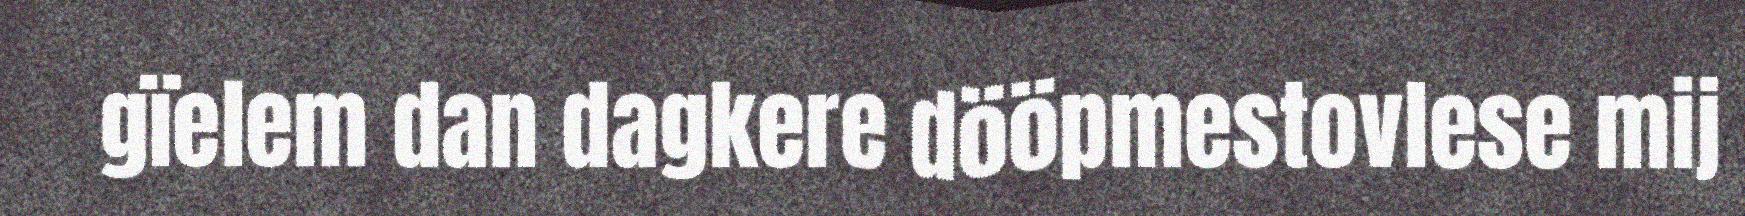
gïelem dan dagkere dööpmestovlese mij